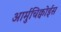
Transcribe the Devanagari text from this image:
आर्मुचिक्वोईस